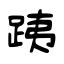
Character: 跠